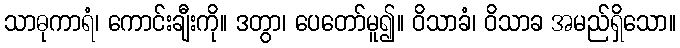
သာဓုကာရံ၊ ကောင်းချီးကို။ ဒတွာ၊ ပေတော်မူ၍။ ဝိသာခံ၊ ဝိသာခ အမည်ရှိသော။